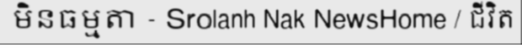
មិនធម្មតា - Srolanh Nak NewsHome / ជីវិត